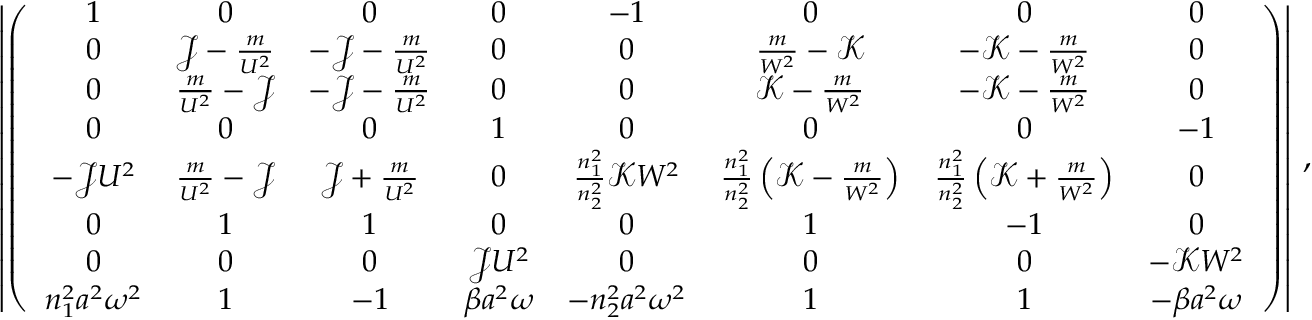
\left| \left( { \small \begin{array} { c c c c c c c c } { 1 } & { 0 } & { 0 } & { 0 } & { - 1 } & { 0 } & { 0 } & { 0 } \\ { 0 } & { \mathcal { J } - \frac { m } { U ^ { 2 } } } & { - \mathcal { J } - \frac { m } { U ^ { 2 } } } & { 0 } & { 0 } & { \frac { m } { W ^ { 2 } } - \mathcal { K } } & { - \mathcal { K } - \frac { m } { W ^ { 2 } } } & { 0 } \\ { 0 } & { \frac { m } { U ^ { 2 } } - \mathcal { J } } & { - \mathcal { J } - \frac { m } { U ^ { 2 } } } & { 0 } & { 0 } & { \mathcal { K } - \frac { m } { W ^ { 2 } } } & { - \mathcal { K } - \frac { m } { W ^ { 2 } } } & { 0 } \\ { 0 } & { 0 } & { 0 } & { 1 } & { 0 } & { 0 } & { 0 } & { - 1 } \\ { - \mathcal { J } U ^ { 2 } } & { \frac { m } { U ^ { 2 } } - \mathcal { J } } & { \mathcal { J } + \frac { m } { U ^ { 2 } } } & { 0 } & { \frac { n _ { 1 } ^ { 2 } } { n _ { 2 } ^ { 2 } } \mathcal { K } W ^ { 2 } } & { \frac { n _ { 1 } ^ { 2 } } { n _ { 2 } ^ { 2 } } \left( \mathcal { K } - \frac { m } { W ^ { 2 } } \right) } & { \frac { n _ { 1 } ^ { 2 } } { n _ { 2 } ^ { 2 } } \left( \mathcal { K } + \frac { m } { W ^ { 2 } } \right) } & { 0 } \\ { 0 } & { 1 } & { 1 } & { 0 } & { 0 } & { 1 } & { - 1 } & { 0 } \\ { 0 } & { 0 } & { 0 } & { \mathcal { J } U ^ { 2 } } & { 0 } & { 0 } & { 0 } & { - \mathcal { K } W ^ { 2 } } \\ { n _ { 1 } ^ { 2 } a ^ { 2 } \omega ^ { 2 } } & { 1 } & { - 1 } & { \beta a ^ { 2 } \omega } & { - n _ { 2 } ^ { 2 } a ^ { 2 } \omega ^ { 2 } } & { 1 } & { 1 } & { - \beta a ^ { 2 } \omega } \end{array} } \right) \right| \, ,